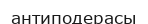
антиподерасы